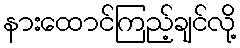
နားထောင်ကြည့်ချင်လို့